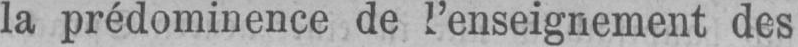
la prédominence de l’enseignement des